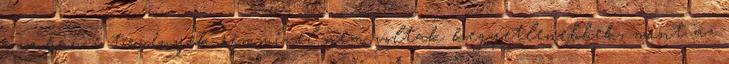
azonban e törvények semmivel nem voltak kegyetlenebbek, mint az